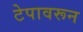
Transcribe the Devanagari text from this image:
टेपावरून